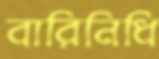
বারিনিধি